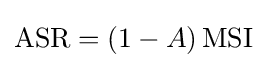
\mathrm {ASR} =(1-A)\,\mathrm {MSI}